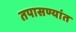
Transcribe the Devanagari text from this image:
तपासण्यांत